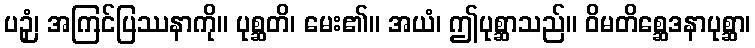
ပဉှံ၊ အကြင်ပြဿနာကို။ ပုစ္ဆတိ၊ မေး၏။ အယံ၊ ဤပုစ္ဆာသည်။ ဝိမတိစ္ဆေဒနာပုစ္ဆာ၊